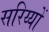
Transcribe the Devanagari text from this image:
सरिय्यों